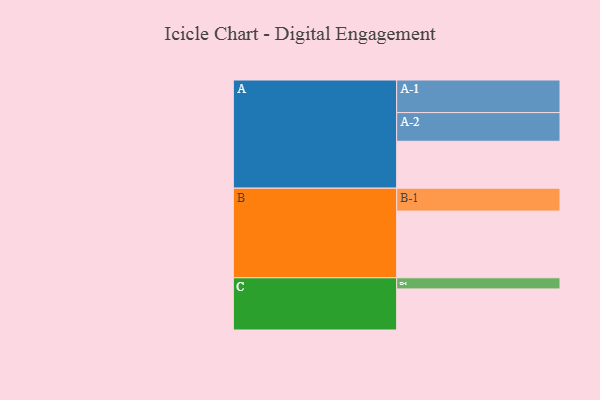
{"axis": {"x": "Segment", "y": "Value"}, "legend": ["", "A", "B", "C"], "data": [{"x": "A", "y": 416, "type": ""}, {"x": "B", "y": 591, "type": ""}, {"x": "C", "y": 364, "type": ""}, {"x": "A-1", "y": 289, "type": "A"}, {"x": "A-2", "y": 254, "type": "A"}, {"x": "B-1", "y": 203, "type": "B"}, {"x": "C-1", "y": 99, "type": "C"}]}